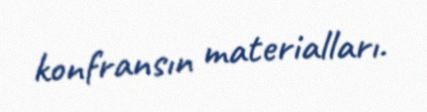
konfransın materialları.